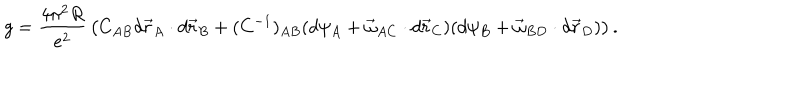
g = \frac { 4 \pi ^ { 2 } R } { e ^ { 2 } } \, \left( C _ { A B } d \vec { r } _ { A } \cdot d \vec { r } _ { B } + ( C ^ { - 1 } ) _ { A B } ( d \psi _ { A } + \vec { \omega } _ { A C } \cdot d \vec { r } _ { C } ) ( d \psi _ { B } + \vec { \omega } _ { B D } \cdot d \vec { r } _ { D } ) \right) .